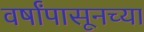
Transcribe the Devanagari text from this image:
वर्षांपासूनच्या